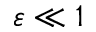
\varepsilon \ll 1